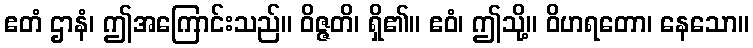
ဧတံ ဌာနံ၊ ဤအကြောင်းသည်။ ဝိဇ္ဇတိ၊ ရှိ၏။ ဧဝံ၊ ဤသို့။ ဝိဟရတော၊ နေသော။